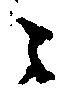
々